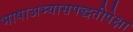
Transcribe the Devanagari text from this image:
भाषाअभ्यासपद्धतीपेक्षा